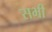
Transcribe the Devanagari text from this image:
सभी